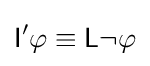
{\mathsf {I}}'\varphi \equiv {\mathsf {L}}\lnot \varphi